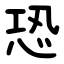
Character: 恐